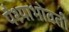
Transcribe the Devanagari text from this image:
पैश्याभोवती